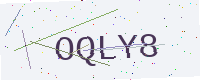
Text: OQLY8